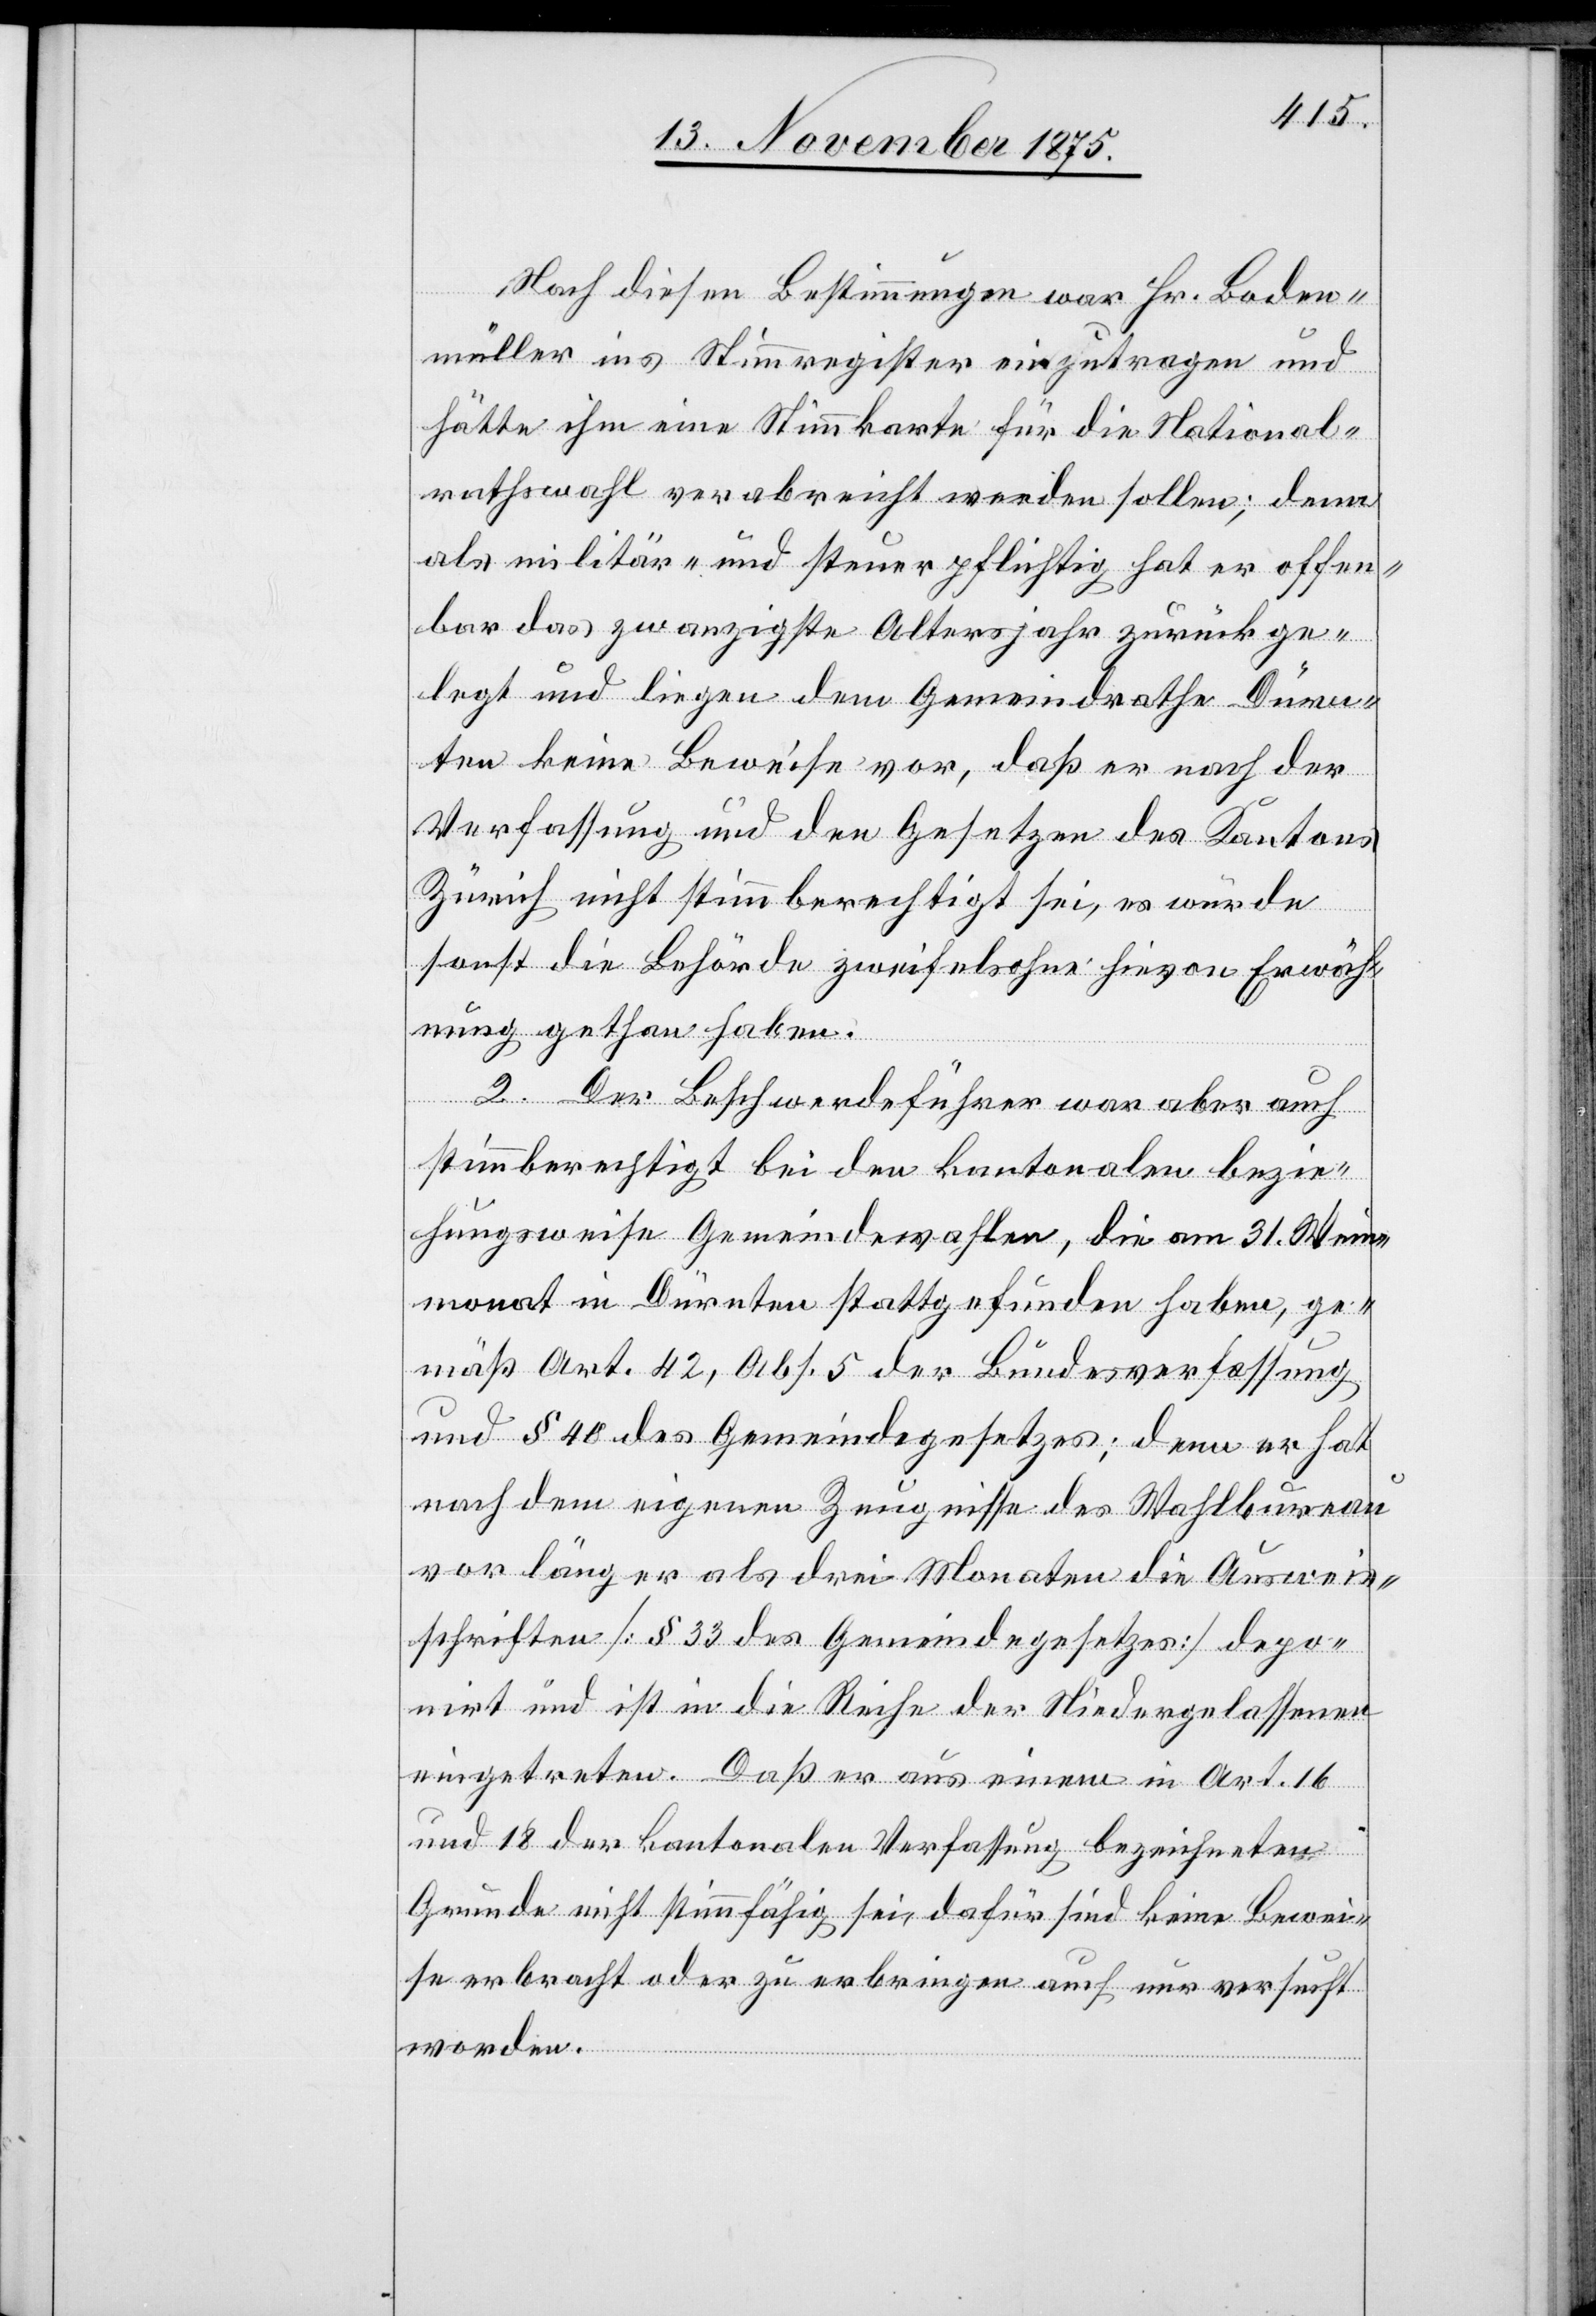
Nach diesen Bestimmungen war Hr. Boden¬
müller ins Stimmregister einzutragen und
hätte ihm eine Stimmkarte für die National¬
rathswahl verabreicht werden sollen; denn
als militär- und steuerpflichtig hat er offen¬
bar das zwanzigste Altersjahr zurückge¬
legt und liegen dem Gemeindrathe Dürn¬
ten keine Beweise vor, daß er nach der
Verfassung und den Gesetzen des Kantons
Zürich nicht stimmberechtigt sei, es würde
sonst die Behörde zweifelsohne hievon Erwäh¬
nung gethan haben.
2. Der Beschwerdeführer war aber auch
stimmberechtigt bei den kantonalen bezie¬
hungsweise Gemeindewahlen, die am 31. Wein¬
monat in Dürnten stattgefunden haben, ge¬
mäß Art. 42, Abs. 5 der Bundesverfassung
und § 40 des Gemeindegesetzes; denn er hat
nach dem eigenen Zeugnisse des Wahlbureau
vor länger als drei Monaten die Ausweis¬
schriften [§ 33 des Gemeindegesetzes] depo¬
nirt und ist in die Reihe der Niedergelassenen
eingetreten. Daß er aus einem in Art. 16
und 18 der kantonalen Verfassung bezeichneten
Grunde nicht stimmfähig sei, dafür sind keine Bewei¬
se erbracht oder zu erbringen auch nur versucht
worden.